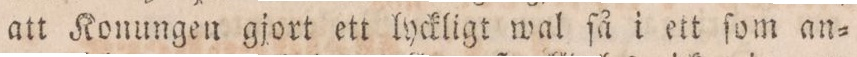
att Konungen gjort ett lyckligt wal ſå i ett ſom an=